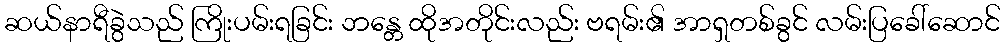
ဆယ်နာရီခွဲသည် ကြိုးပမ်းရခြင်း ဘန္တေ ထိုအတိုင်းလည်း ဗရမ်း၏ အာရှတစ်ခွင် လမ်းပြခေါ်ဆောင်